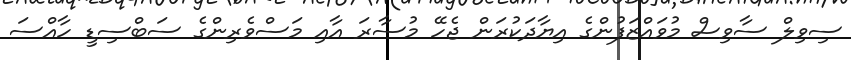
ސިވިލް ސާވިސް މުވައްޒަފުންގެ އިޔާދަކުރަން ޖެހޭ މުސާރަ އާއި މަސްވެރިންގެ ސަބްސިޑީ ހާއްސަ